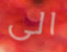
الى